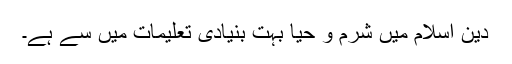
دین اسلام میں شرم و حیا بہت بنیادی تعلیمات میں سے ہے۔